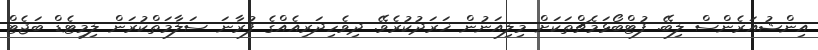
އިންޝުއަރެންސް ލިބޭ. ފުޓްބޯޅަމެޗްތަކަށް މިލިއަނުން ޚަރަދުކުރެވޭ. ދިވެހިދަރިއެއްގެ ފުރާނަ ސަލާމަތްކުރަން ލިމިޓެޑް ބަޖެޓް